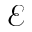
\mathcal { E }